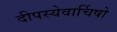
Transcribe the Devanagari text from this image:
दीपस्येवार्चिषो